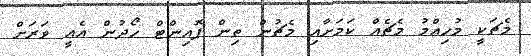
މެޗަކީ މުހިއްމު މެޗެއް ކަމަށާއި މެޗުން ތިން ޕޮއިންޓް ހޯދުން އެއީ ވަރަށް